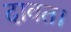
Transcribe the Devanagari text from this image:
दावत।